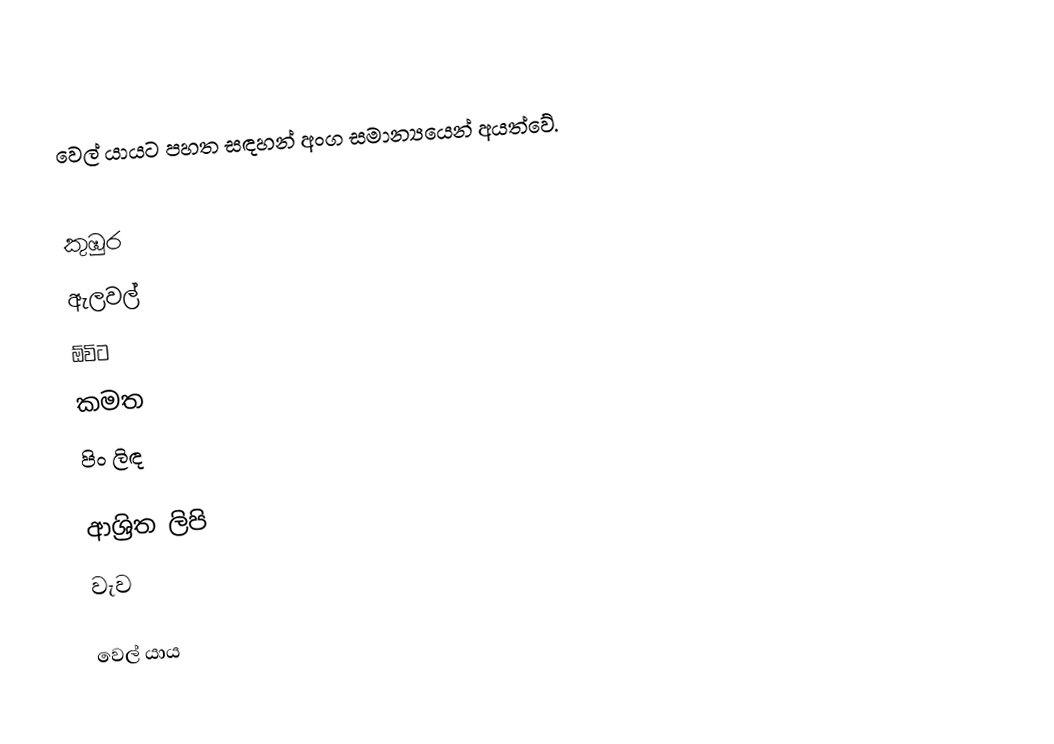
වෙල් යායට පහත සඳහන් අංග සමාන්‍යයෙන් අයත්වේ.

 කුඹුර
 ඇලවල්
 ඕවිට
 කමත
 පිං ලිඳ

ආශ්‍රිත ලිපි
 වැව

වෙල් යාය